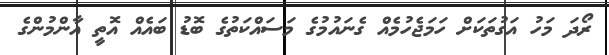
ރޯދަ މަހު އަގުތަކަށް ހަމަޖެހުމެއް ގެނައުމުގެ މަސައްކަތުގެ ބޮޑު ބައެއް އޮތީ އާންމުންގެ